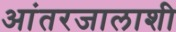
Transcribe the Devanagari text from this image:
आंतरजालाशी